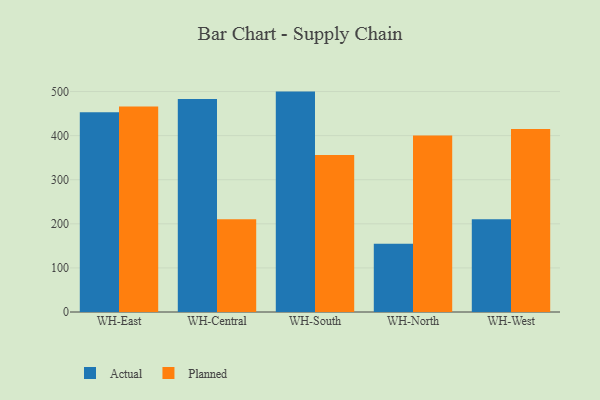
{"axis": {"x": "Warehouse", "y": "Production Output"}, "legend": ["Actual", "Planned"], "data": [{"x": "WH-East", "y": 453.2, "type": "Actual"}, {"x": "WH-East", "y": 465.9, "type": "Planned"}, {"x": "WH-Central", "y": 483.0, "type": "Actual"}, {"x": "WH-Central", "y": 210.1, "type": "Planned"}, {"x": "WH-South", "y": 499.9, "type": "Actual"}, {"x": "WH-South", "y": 355.9, "type": "Planned"}, {"x": "WH-North", "y": 154.8, "type": "Actual"}, {"x": "WH-North", "y": 400.2, "type": "Planned"}, {"x": "WH-West", "y": 210.4, "type": "Actual"}, {"x": "WH-West", "y": 415.2, "type": "Planned"}]}